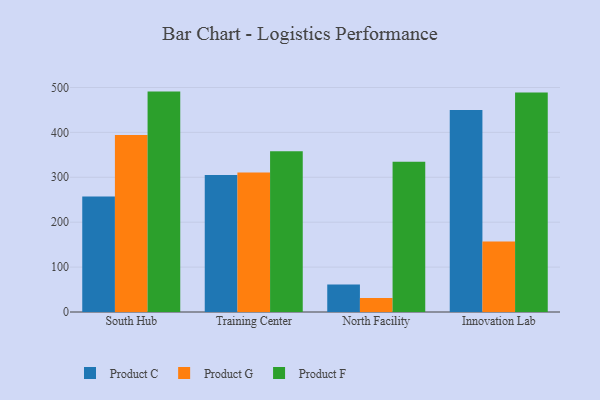
{"axis": {"x": "Campus", "y": "Inventory Turnover"}, "legend": ["Product C", "Product F", "Product G"], "data": [{"x": "South Hub", "y": 257.1, "type": "Product C"}, {"x": "South Hub", "y": 394.3, "type": "Product G"}, {"x": "South Hub", "y": 490.8, "type": "Product F"}, {"x": "Training Center", "y": 305.1, "type": "Product C"}, {"x": "Training Center", "y": 310.4, "type": "Product G"}, {"x": "Training Center", "y": 357.9, "type": "Product F"}, {"x": "North Facility", "y": 61.1, "type": "Product C"}, {"x": "North Facility", "y": 31.4, "type": "Product G"}, {"x": "North Facility", "y": 334.8, "type": "Product F"}, {"x": "Innovation Lab", "y": 449.8, "type": "Product C"}, {"x": "Innovation Lab", "y": 157.2, "type": "Product G"}, {"x": "Innovation Lab", "y": 488.6, "type": "Product F"}]}